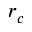
r _ { c }